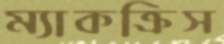
ম্যাকক্রিস